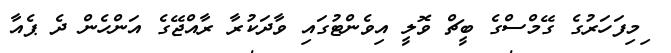
ިމިފަހަރުގެ ގޭމްސްގެ ބީޗް ވޮލީ އިވެންޓުގައި ވާދަކުރާ ރާއްޖޭގެ އަންހެން ދެ ޕެއާ